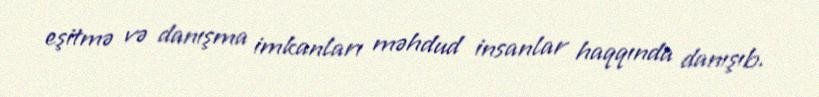
eşitmə və danışma imkanları məhdud insanlar haqqında danışıb.